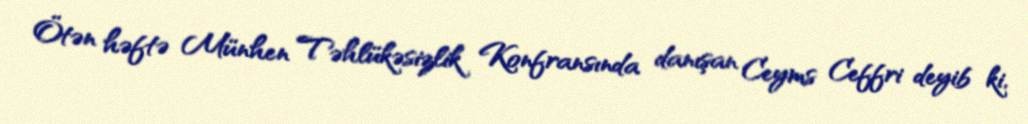
Ötən həftə Münhen Təhlükəsizlik Konfransında danışan Ceyms Ceffri deyib ki,